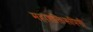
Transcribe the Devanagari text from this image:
महाशक्तिरूपिणी